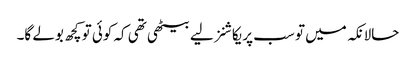
حالانکہ میں تو سب پریکاشنز لیے بیٹھی تھی کہ کوئی تو کچھ بولے گا۔